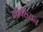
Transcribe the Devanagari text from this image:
दोक्ख्यिन